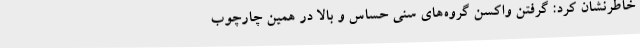
خاطرنشان کرد: گرفتن واکسن گروه‌های سنی حساس و بالا در همین چارچوب